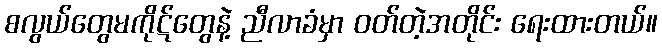
စလွယ်တွေမကိုဋ်တွေနဲ့ ညီလာခံမှာ ဝတ်တဲ့အတိုင်း ရေးထားတယ်။